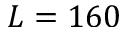
L = 1 6 0